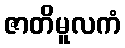
ဇာတိမူလကံ